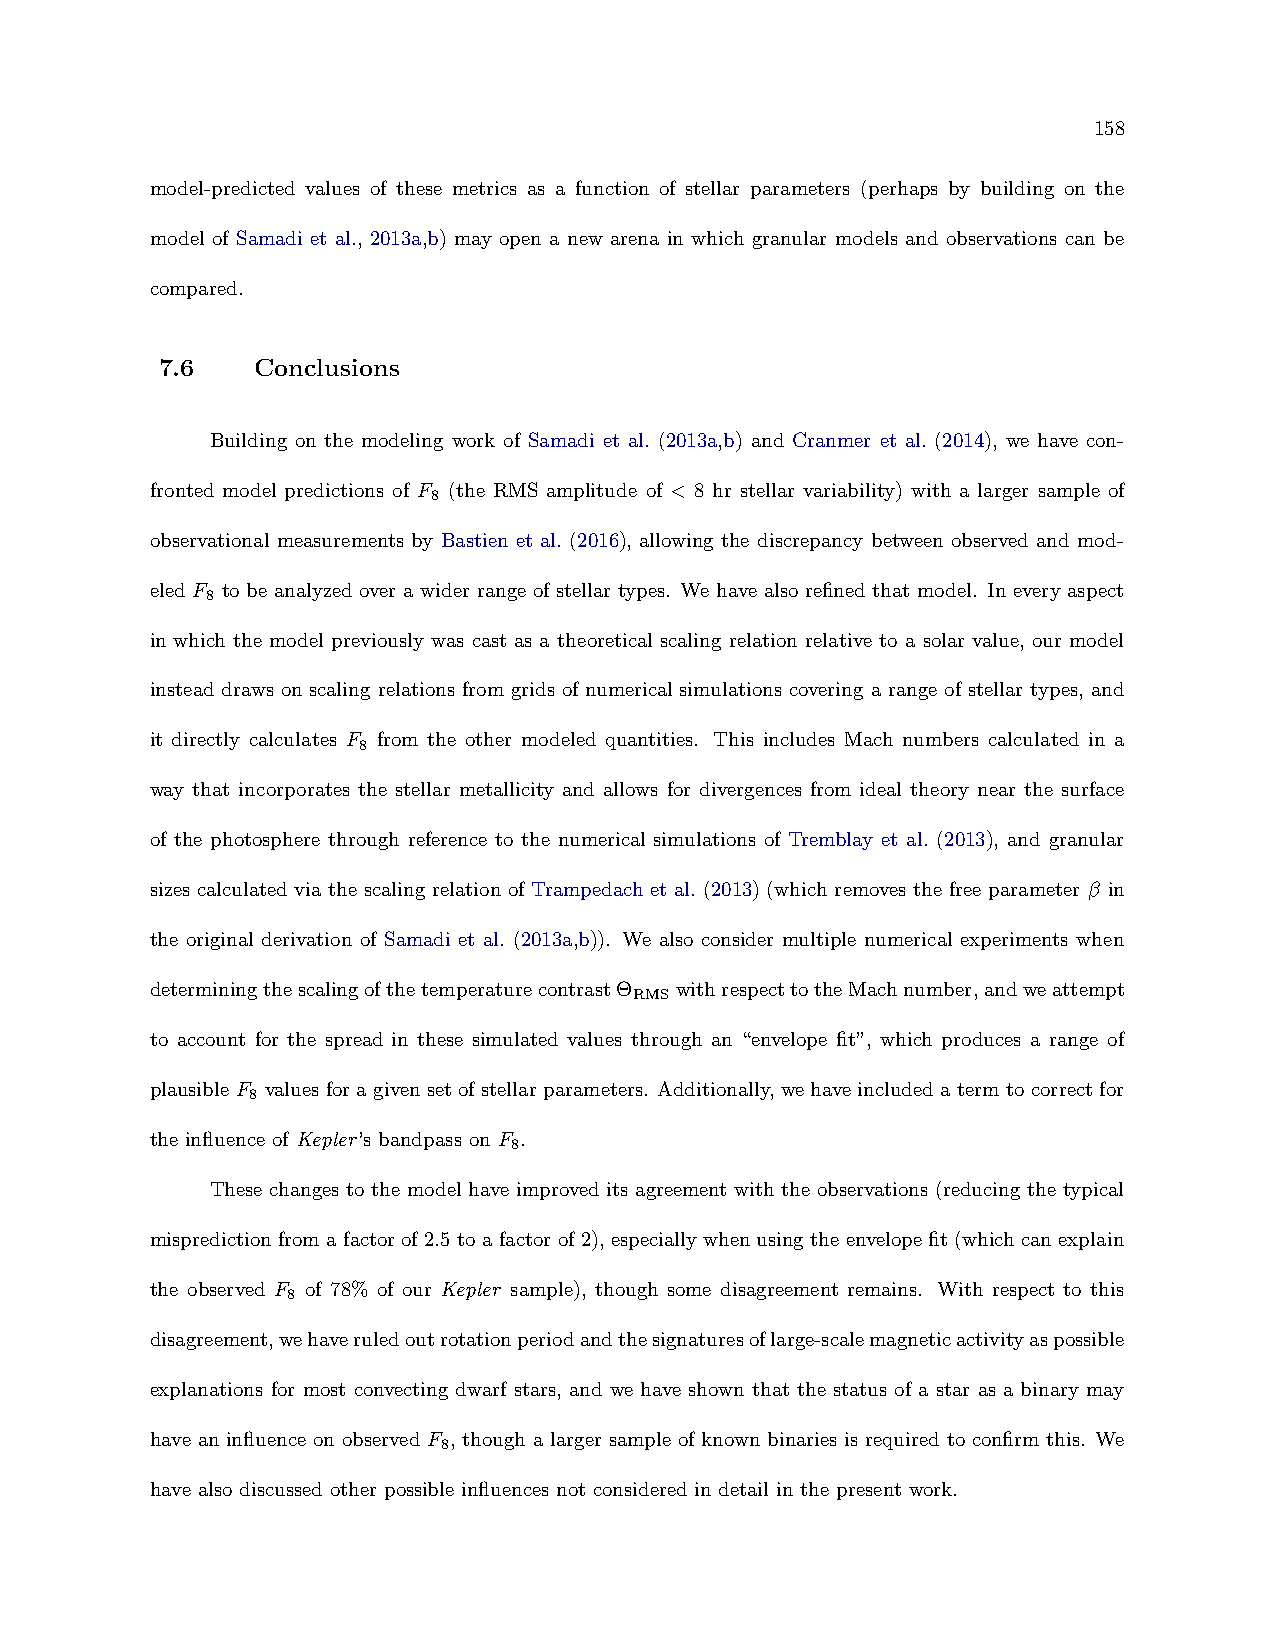
158
 model-predicted values of these metrics as a function of stellar parameters (perhaps by building on the
 model of Samadi et al., 2013a,b) may open a new arena in which granular models and observations can be
 compared.
 7.6   Conclusions
 Building on the modeling work of Samadi et al. (2013a,b) and Cranmer et al. (2014), we have con-
 fronted model predictions of F (the RMS amplitude of < 8 hr stellar variability) with a larger sample of
 8
 observational measurements by Bastien et al. (2016), allowing the discrepancy between observed and mod-
 eled F to be analyzed over a wider range of stellar types. We have also refined that model. In every aspect
 8
 in which the model previously was cast as a theoretical scaling relation relative to a solar value, our model
 instead draws on scaling relations from grids of numerical simulations covering a range of stellar types, and
 it directly calculates F from the other modeled quantities. This includes Mach numbers calculated in a
 8
 way that incorporates the stellar metallicity and allows for divergences from ideal theory near the surface
 of the photosphere through reference to the numerical simulations of Tremblay et al. (2013), and granular
 sizes calculated via the scaling relation of Trampedach et al. (2013) (which removes the free parameter β in
 the original derivation of Samadi et al. (2013a,b)). We also consider multiple numerical experiments when
 determiningthescalingofthetemperaturecontrastΘ withrespecttotheMachnumber,andweattempt
 RMS
 to account for the spread in these simulated values through an “envelope fit”, which produces a range of
 plausibleF valuesforagivensetofstellarparameters. Additionally, wehaveincludedatermtocorrectfor
 8
 the influence of Kepler’s bandpass on F .
 8
 These changes to the model have improved its agreement with the observations (reducing the typical
 mispredictionfromafactorof2.5toafactorof2), especiallywhenusingtheenvelopefit(whichcanexplain
 the observed F of 78% of our Kepler sample), though some disagreement remains. With respect to this
 8
 disagreement,wehaveruledoutrotationperiodandthesignaturesoflarge-scalemagneticactivityaspossible
 explanations for most convecting dwarf stars, and we have shown that the status of a star as a binary may
 have an influence on observed F , though a larger sample of known binaries is required to confirm this. We
 8
 have also discussed other possible influences not considered in detail in the present work.